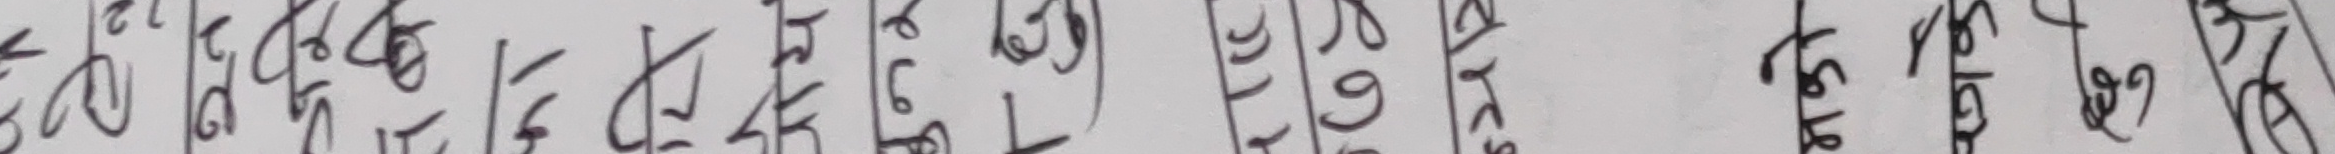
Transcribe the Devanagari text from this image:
२०,४६,१३,७६,२७६,५१८ अझै छ